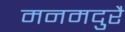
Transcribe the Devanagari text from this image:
मनमदुरै